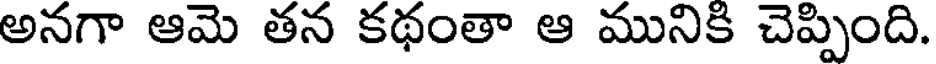
అనగా ఆమె తన కథంతా ఆ మునికి చెప్పింది.